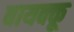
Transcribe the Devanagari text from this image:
बायक्कू